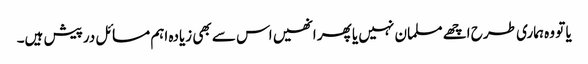
یا تو وہ ہماری طرح اچھے مسلمان نہیں یا پھر انھیں اس سے بھی زیادہ اہم مسائل درپیش ہیں۔